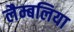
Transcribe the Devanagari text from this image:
लैम्बलिया